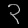
Digit: ၃